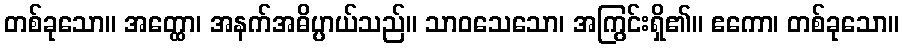
တစ်ခုသော။ အတ္ထော၊ အနက်အဓိပ္ပာယ်သည်။ သာဝသေသော၊ အကြွင်းရှိ၏။ ဧကော၊ တစ်ခုသော။